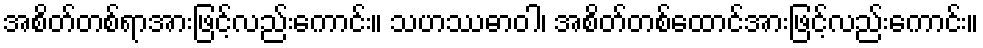
အစိတ်တစ်ရာအားဖြင့်လည်းကောင်း။ သဟဿဓာဝါ၊ အစိတ်တစ်ထောင်အားဖြင့်လည်းကောင်း။